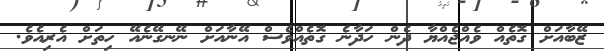
ޒޭބާއަށް ގޮތެއް ވެއްޖެއްޔާ ދެން ހަދާނެ ގޮތެއްވެސް އޭނާއަށް ނޭނގޭނެއޭ ހިތަށް އެރިއެވެ.